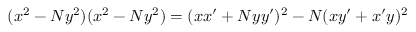
\ ( x ^ { 2 } - N y ^ { 2 } ) ( x ^ { 2 } - N y ^ { 2 } ) = ( x x ^ { \prime } + N y y ^ { \prime } ) ^ { 2 } - N ( x y ^ { \prime } + x ^ { \prime } y ) ^ { 2 }